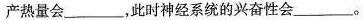
产热量会___，此时神经系统的兴奋性会___。